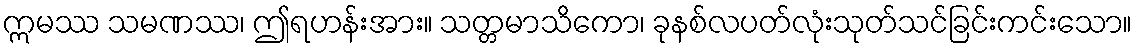
ဣမဿ သမဏဿ၊ ဤရဟန်းအား။ သတ္တမာသိကော၊ ခုနစ်လပတ်လုံးသုတ်သင်ခြင်းကင်းသော။